Leaving Certificate Examination (including Day School Certificate (Higher) General paper), 1928
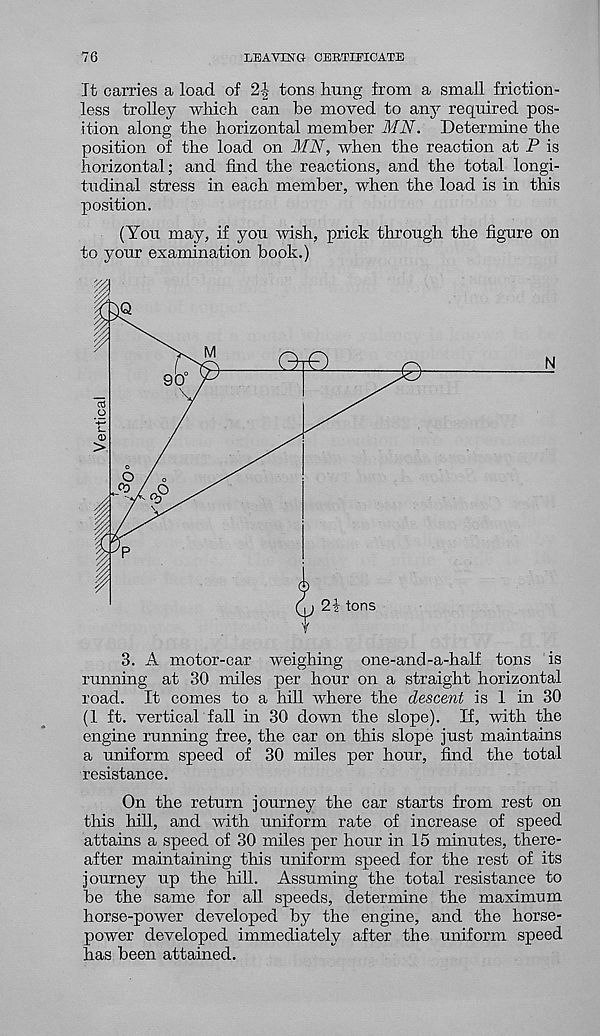
76
LEAVING- CERTIFICATE
It carries a load of 2-| tons hung from a small friction-
less trolley which can he moved to any required pos-
ition along the horizontal member MN. Determine the
position of the load on MN, when the reaction at P is
horizontal; and find the reactions, and the total longi-
tudinal stress in each member, when the load is in this
position.
(You may, if you wish, prick through the figure on
to your examination book.)
(1 ft. vertical fall in 30 down the slope). If, with the
engine running free, the car on this slope just maintains
a uniform speed of 30 miles per hour, find the total
resistance.
On the return journey the car starts from rest on
this hill, and with uniform rate of increase of speed
attains a speed of 30 miles per hour in 15 minutes, there-
after maintaining this uniform speed for the rest of its
journey up the hill. Assuming the total resistance to
be the same for all speeds, determine the maximum
horse-power developed by the engine, and the horse-
power developed immediately after the uniform speed
has been attained.